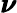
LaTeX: \pmb{\nu}